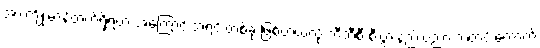
အားကျိုးမာန်တက်ရှိရတဲ့ အကြောင်းအရင်းတစ်ခု ဖြစ်တယ်လို့ ဘီဘီစီ စီးပွားနည်းပညာ သတင်းထောက်